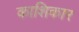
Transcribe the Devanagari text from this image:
काशिकार